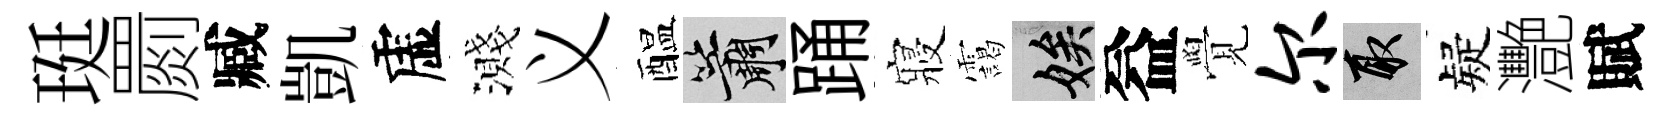
珽罽臧凱虚濺义醖簫踊寢靄娭益覺尔取疑灧賦